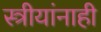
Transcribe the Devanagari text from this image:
स्त्रीयांनाही